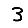
Digit: 3